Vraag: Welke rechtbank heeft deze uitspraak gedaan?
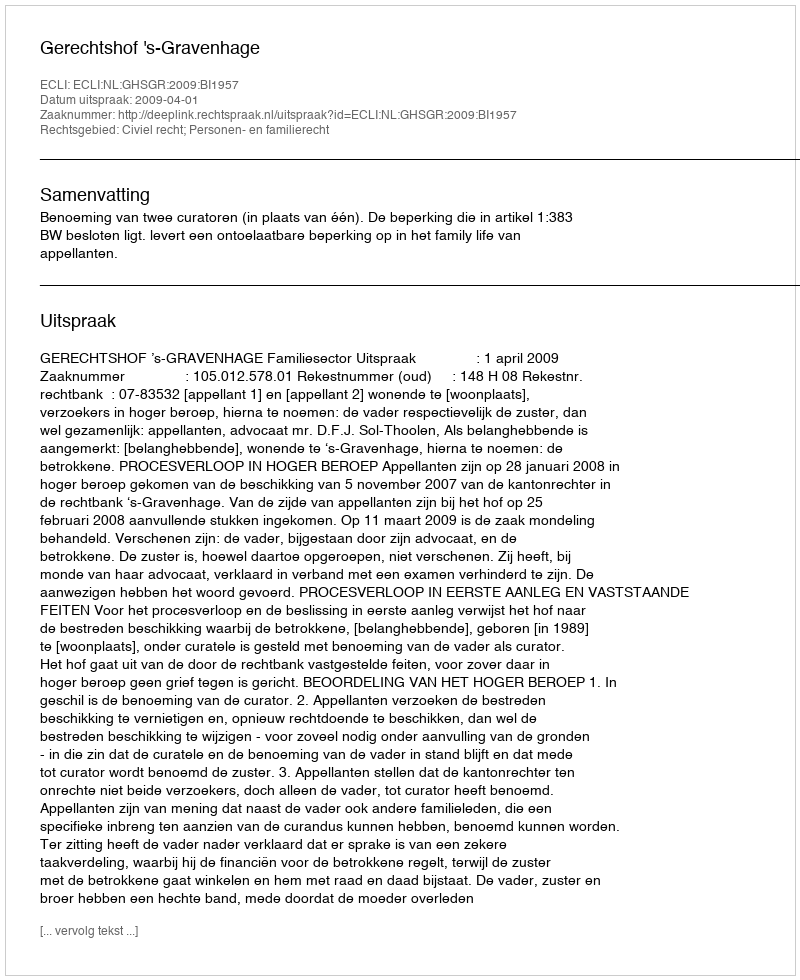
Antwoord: Gerechtshof 's-Gravenhage